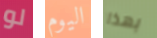
لو اليوم بهذا